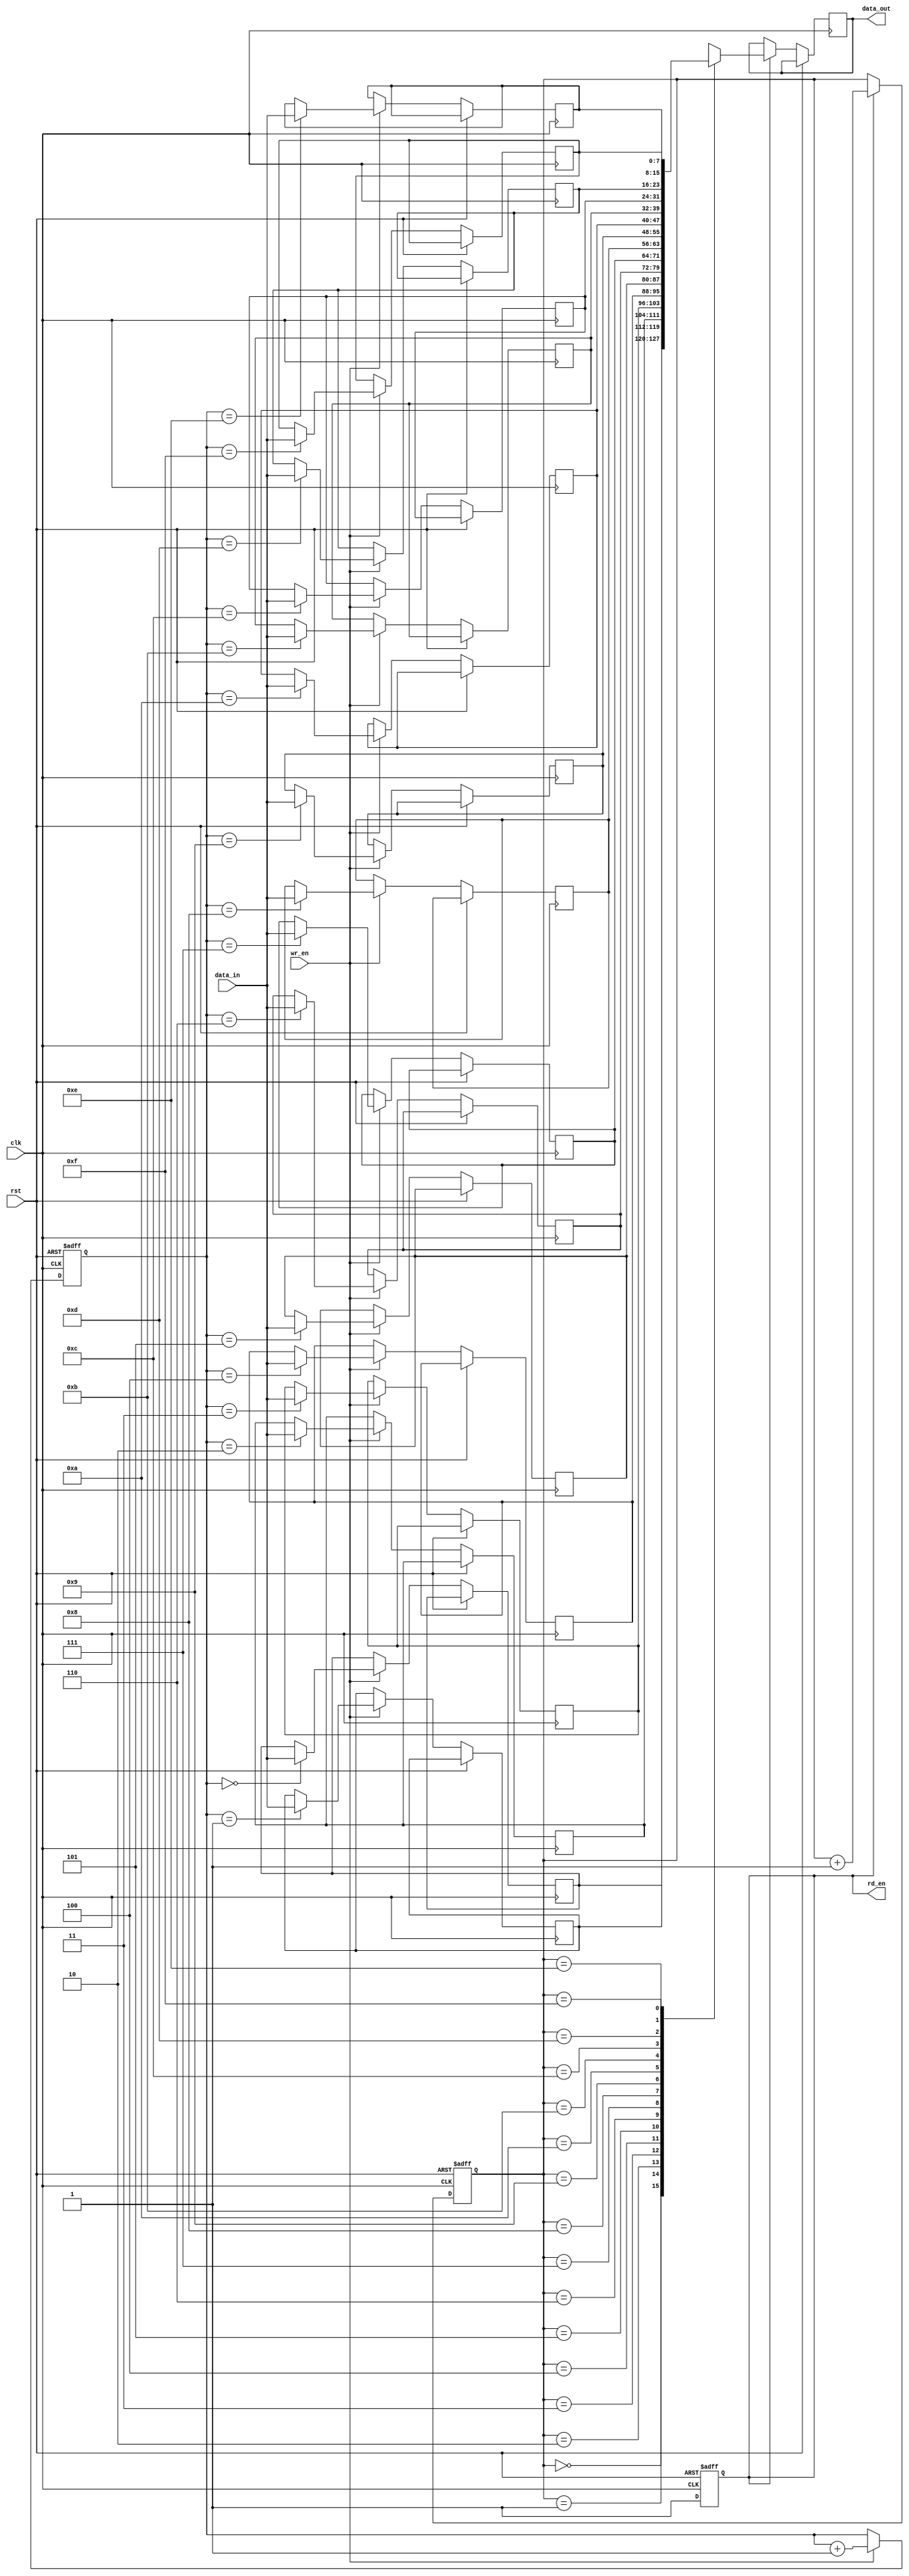
module gray_fifo (
    input wire clk, // clock signal
    input wire rst, // reset signal
    input wire wr_en, // write enable signal
    input wire [7:0] data_in, // input data
    output reg [7:0] data_out, // output data
    output reg rd_en // read enable signal
);

reg [7:0] fifo [0:15]; // FIFO buffer with 16 entries
reg [3:0] read_ptr, write_ptr; // read and write pointers
reg [3:0] gray_counter; // gray code counter

always @(posedge clk or posedge rst) begin
    if (rst) begin
        read_ptr <= 4'b0000;
        write_ptr <= 4'b0000;
        gray_counter <= 4'b0000;
        rd_en <= 1'b0;
    end else begin
        if (wr_en) begin
            fifo[write_ptr] <= data_in;
            write_ptr <= write_ptr + 1;
        end
        if (rd_en) begin
            data_out <= fifo[read_ptr];
            read_ptr <= read_ptr + 1;
        end
        rd_en <= 1'b1;
    end
end

endmodule